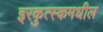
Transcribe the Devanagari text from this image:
इरकुत्स्कमधील